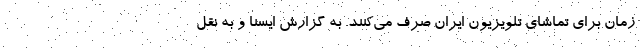
زمان برای تماشای تلویزیون ایران صرف می‌کنند. به گزارش ایسنا و به نقل